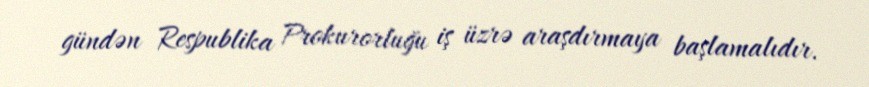
gündən Respublika Prokurorluğu iş üzrə araşdırmaya başlamalıdır.